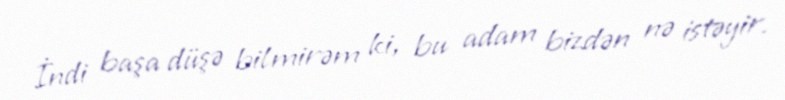
İndi başa düşə bilmirəm ki, bu adam bizdən nə istəyir.